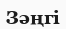
Зәңгі